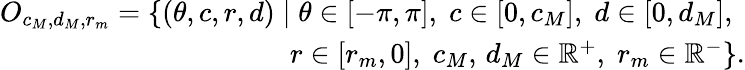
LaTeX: \begin{array}{r}{O_{c_{M},d_{M},r_{m}}=\left\lbrace(\theta,c,r,d)\; |\; \theta\in[-\pi,\pi],\; c\in[0,c_{M}],\; d\in[0,d_{M}],\; \right.}\\ {\left.r\in[r_{m},0],\; c_{M},\, d_{M}\in\mathbb{R}^{+},\; r_{m}\in\mathbb{R}^{-}\right\rbrace.}\end{array}